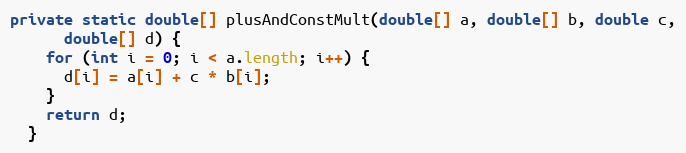
Language: Java
private static double[] plusAndConstMult(double[] a, double[] b, double c,
      double[] d) {
    for (int i = 0; i < a.length; i++) {
      d[i] = a[i] + c * b[i];
    }
    return d;
  }